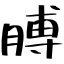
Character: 膊